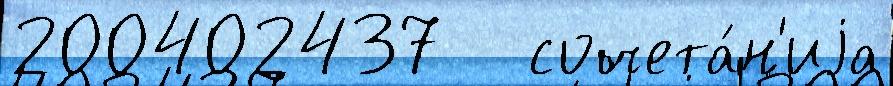
200402437   сочета́н'иjа